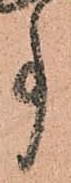
事